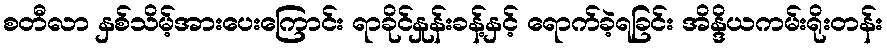
စတီလာ နှစ်သိမ့်အားပေးကြောင်း ရာခိုင်နှုန်းခန့်နှင့် ရောက်ခဲ့ရခြင်း အိန္ဒိယကမ်းရိုးတန်း